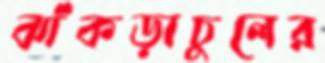
ঝাঁকড়াচুলের